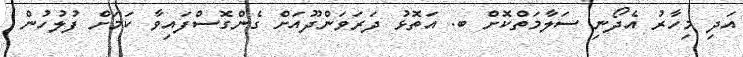
އަދި މިހާރު އެދޯނި ސަލާމަތްކޮށް ބ. އަތޮޅު ދަރަވަންދޫއަށް ގެންގޮސްފައިވާ ކަމަށް ފުލުހުން